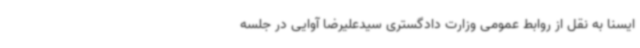
ایسنا به نقل از روابط عمومی وزارت دادگستری سیدعلیرضا آوایی در جلسه